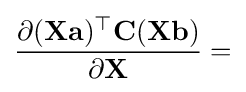
{\frac {\partial (\mathbf {X} \mathbf {a} )^{\top }\mathbf {C} (\mathbf {X} \mathbf {b} )}{\partial \mathbf {X} }}=